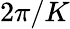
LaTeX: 2\pi/K